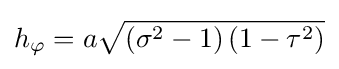
h_{\varphi }=a{\sqrt {\left(\sigma ^{2}-1\right)\left(1-\tau ^{2}\right)}}